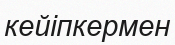
кейіпкермен